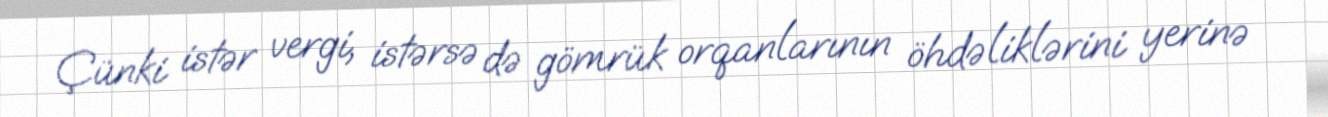
Çünki istər vergi, istərsə də gömrük orqanlarının öhdəliklərini yerinə